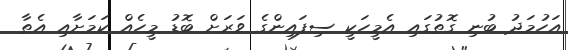
އަހުމަދު ބުނި ގޮތުގައި އެމީހަކީ ސިފައިންގެ ވަރަށް ބޮޑު މީހެއް ކަމަށާއި އެތާ